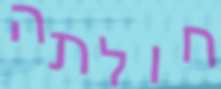
חולתה